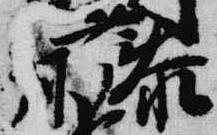
藤